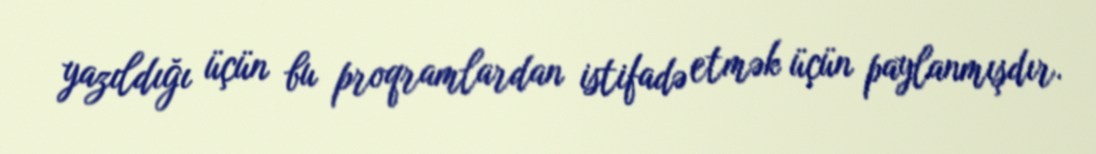
yazıldığı üçün bu proqramlardan istifadə etmək üçün paylanmışdır.